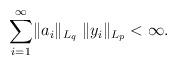
LaTeX: \begin{align*}\sum_{i=1}^\infty\lVert a_i\rVert_{L_q}\;\lVert y_i\rVert_{L_p}<\infty.\end{align*}